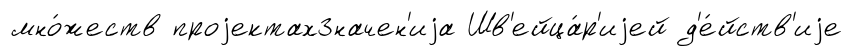
мно́жеств проjектахЗначен'иjа Шв'ейца́р'иjей д'е́йств'иjе